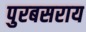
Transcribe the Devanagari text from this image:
पुरबसराय